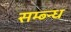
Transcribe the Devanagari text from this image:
सम्ब्न्ध